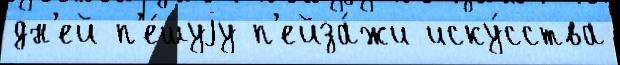
дн'ей п'е́шуjу п'ейза́жи иску́сства